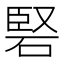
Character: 硻